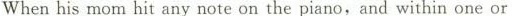
When his mom hit any note on the pianoand within one or